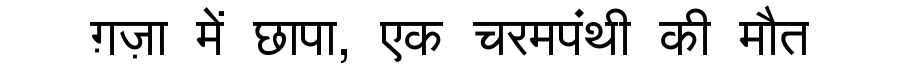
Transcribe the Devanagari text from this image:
ग़ज़ा में छापा, एक चरमपंथी की मौत